Document type: Community of property
Year: 1312
Scribe: Pere Amorós
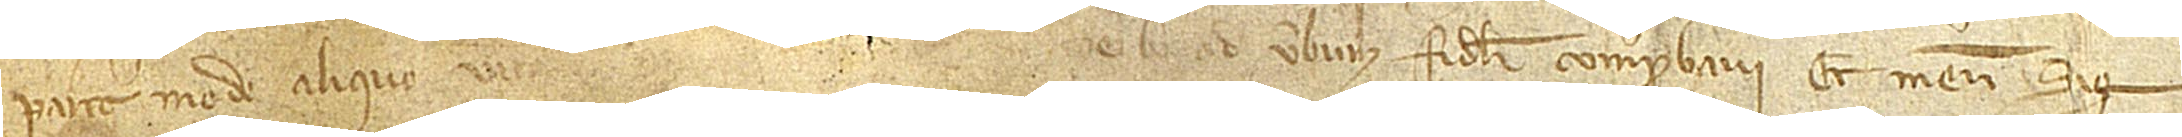
parte modo aliquo vic[iato, ipsumque translatum cum suo originali predicto de] verbo ad verbum fideliter comprobavi et meum Sig